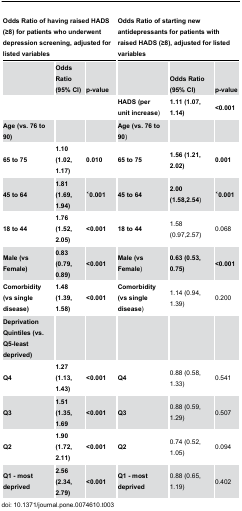
<table><thead><tr><td colspan="3"><b>Odds Ratio of having raised HADS (≥8) for patients who underwent depression screening, adjusted for listed variables</b></td><td colspan="3"><b>Odds Ratio of starting new antidepressants for patients with raised HADS (≥8), adjusted for listed variables</b></td></tr><tr><td></td><td><b>Odds Ratio (95% CI)</b></td><td><b>p-value</b></td><td></td><td><b>Odds Ratio (95% CI)</b></td><td><b>p-value</b></td></tr></thead><tbody><tr><td></td><td></td><td></td><td><b>HADS (per unit increase</b>)</td><td><b>1.11 (1.07, 1.14)</b></td><td><b>&lt;0.001</b></td></tr><tr><td><b>Age (vs. 76 to 90)</b></td><td></td><td></td><td><b>Age (vs. 76 to 90</b>)</td><td></td><td></td></tr><tr><td><b>65 to 75</b></td><td><b>1.10 (1.02, 1.17)</b></td><td><b>0.010</b></td><td><b>65 to 75</b></td><td><b>1.56 (1.21, 2.02)</b></td><td><b>0.001</b></td></tr><tr><td><b>45 to 64</b></td><td><b>1.81 (1.69, 1.94)</b></td><td><b>˂0.001</b></td><td><b>45 to 64</b></td><td><b>2.00 (1.58,2.54</b>)</td><td><b>˂0.001</b></td></tr><tr><td><b>18 to 44</b></td><td><b>1.76 (1.52, 2.05)</b></td><td><b>&lt;0.001</b></td><td><b>18 to 44</b></td><td>1.58 (0.97,2.57)</td><td>0.068</td></tr><tr><td><b>Male (vs Female)</b></td><td><b>0.83 (0.79, 0.89)</b></td><td><b>&lt;0.001</b></td><td><b>Male (vs Female</b>)</td><td><b>0.63 (0.53, 0.75)</b></td><td><b>&lt;0.001</b></td></tr><tr><td><b>Comorbidity (vs single disease)</b></td><td><b>1.48 (1.39, 1.58)</b></td><td><b>&lt;0.001</b></td><td><b>Comorbidity (vs single disease</b>)</td><td>1.14 (0.94, 1.39)</td><td>0.200</td></tr><tr><td><b>Deprivation Quintiles (vs. Q5-least deprived)</b></td><td></td><td></td><td></td><td></td><td></td></tr><tr><td><b>Q4</b></td><td><b>1.27 (1.13, 1.43)</b></td><td><b>&lt;0.001</b></td><td><b>Q4</b></td><td>0.88 (0.58, 1.33)</td><td>0.541</td></tr><tr><td><b>Q3</b></td><td><b>1.51 (1.35, 1.69</b></td><td><b>&lt;0.001</b></td><td><b>Q3</b></td><td>0.88 (0.59, 1.29)</td><td>0.507</td></tr><tr><td><b>Q2</b></td><td><b>1.90 (1.72, 2.11)</b></td><td><b>&lt;0.001</b></td><td><b>Q2</b></td><td>0.74 (0.52, 1.05)</td><td>0.094</td></tr><tr><td><b>Q1 - most deprived</b></td><td><b>2.56 (2.34, 2.79)</b></td><td><b>&lt;0.001</b></td><td><b>Q1 - most deprived</b></td><td>0.88 (0.65, 1.19)</td><td>0.402</td></tr></tbody></table>